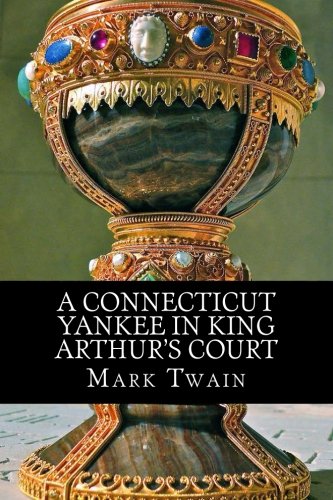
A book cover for A Connecticut Yankee In King Arthur's Court; Mark Twain; Literature & Fiction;